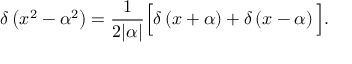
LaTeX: \delta \left( x ^ { 2 } - \alpha ^ { 2 } \right) = { \frac { 1 } { 2 | \alpha | } } { \Big [ } \delta \left( x + \alpha \right) + \delta \left( x - \alpha \right) { \Big ] } .